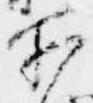
所